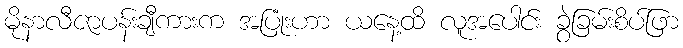
မိုနာလီဇာပန်းချီကားက အပြုံးဟာ ယနေ့ထိ လူအပေါင်း ခွဲခြမ်းစိပ်ဖြာ